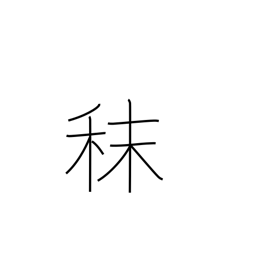
Meaning: fodder